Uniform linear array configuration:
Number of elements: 12
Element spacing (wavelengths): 1
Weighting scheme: cosine
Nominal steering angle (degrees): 15
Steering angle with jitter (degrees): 13.476
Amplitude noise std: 0.05
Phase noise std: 0.05

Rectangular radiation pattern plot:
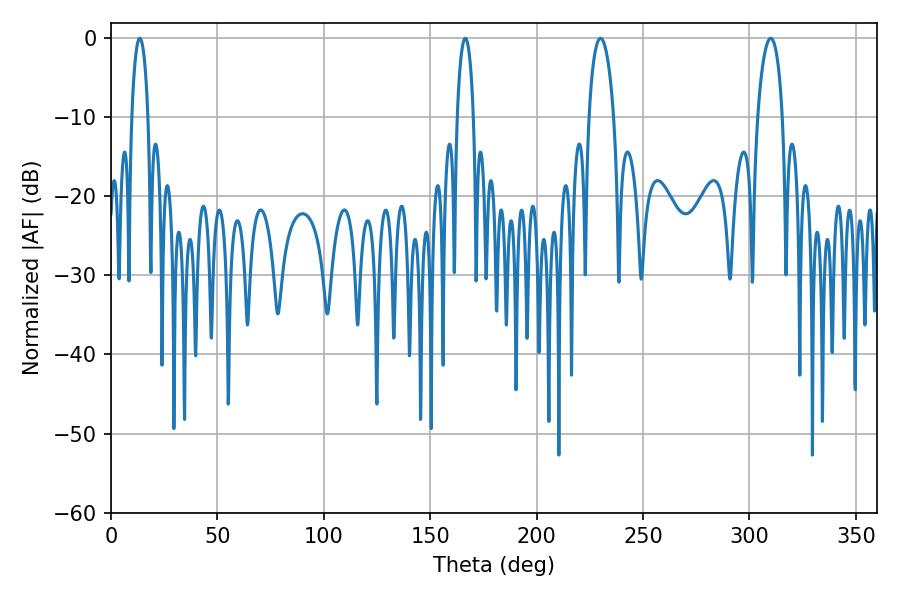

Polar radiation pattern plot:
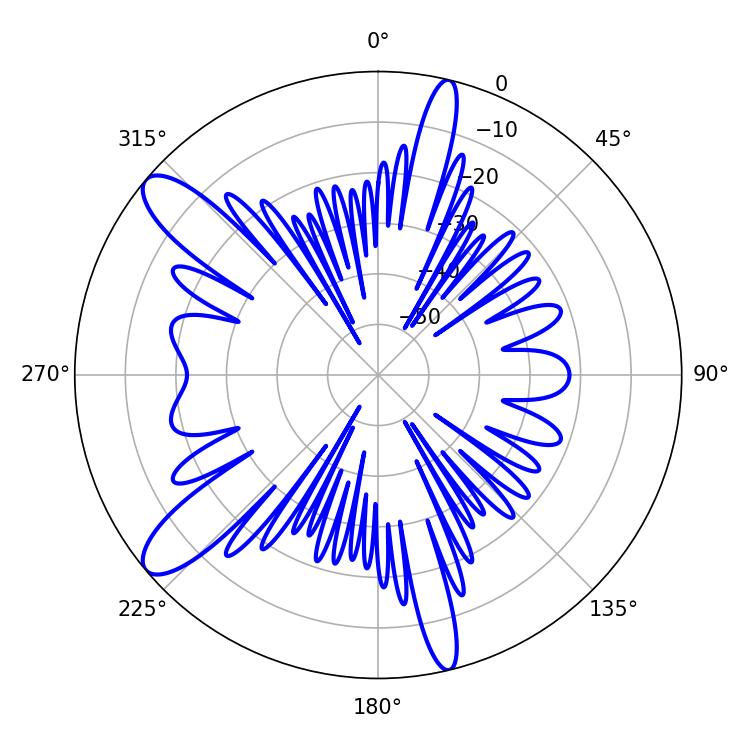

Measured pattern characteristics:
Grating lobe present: TRUE
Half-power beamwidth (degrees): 6.66
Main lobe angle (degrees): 230.04